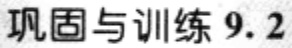
巩固与训练 9.2